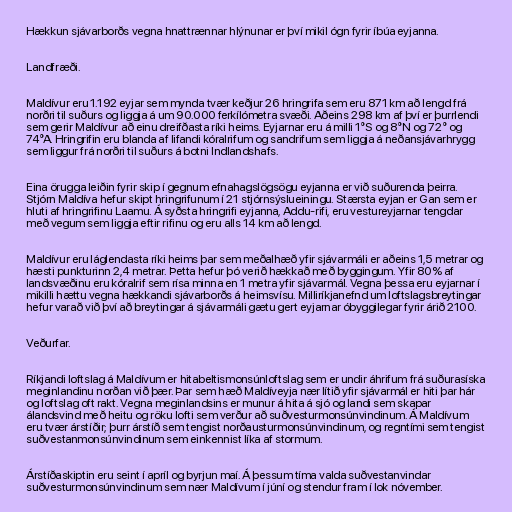
Hækkun sjávarborðs vegna hnattrænnar hlýnunar er því mikil ógn fyrir íbúa eyjanna.

Landfræði.

Maldívur eru 1.192 eyjar sem mynda tvær keðjur 26 hringrifa sem eru 871 km að lengd frá
norðri til suðurs og liggja á um 90.000 ferkílómetra svæði. Aðeins 298 km af því er þurrlendi
sem gerir Maldívur að einu dreifðasta ríki heims. Eyjarnar eru á milli 1°S og 8°N og 72° og
74°A. Hringrifin eru blanda af lifandi kóralrifum og sandrifum sem liggja á neðansjávarhrygg
sem liggur frá norðri til suðurs á botni Indlandshafs.

Eina örugga leiðin fyrir skip í gegnum efnahagslögsögu eyjanna er við suðurenda þeirra.
Stjórn Maldíva hefur skipt hringrifunum í 21 stjórnsýslueiningu. Stærsta eyjan er Gan sem er
hluti af hringrifinu Laamu. Á syðsta hringrifi eyjanna, Addu-rifi, eru vestureyjarnar tengdar
með vegum sem liggja eftir rifinu og eru alls 14 km að lengd.

Maldívur eru láglendasta ríki heims þar sem meðalhæð yfir sjávarmáli er aðeins 1,5 metrar og
hæsti punkturinn 2,4 metrar. Þetta hefur þó verið hækkað með byggingum. Yfir 80% af
landsvæðinu eru kóralrif sem rísa minna en 1 metra yfir sjávarmál. Vegna þessa eru eyjarnar í
mikilli hættu vegna hækkandi sjávarborðs á heimsvísu. Milliríkjanefnd um loftslagsbreytingar
hefur varað við því að breytingar á sjávarmáli gætu gert eyjarnar óbyggilegar fyrir árið 2100.

Veðurfar.

Ríkjandi loftslag á Maldívum er hitabeltismonsúnloftslag sem er undir áhrifum frá suðurasíska
meginlandinu norðan við þær. Þar sem hæð Maldíveyja nær lítið yfir sjávarmál er hiti þar hár
og loftslag oft rakt. Vegna meginlandsins er munur á hita á sjó og landi sem skapar
álandsvind með heitu og röku lofti sem verður að suðvesturmonsúnvindinum. Á Maldívum
eru tvær árstíðir; þurr árstíð sem tengist norðausturmonsúnvindinum, og regntími sem tengist
suðvestanmonsúnvindinum sem einkennist líka af stormum.

Árstíðaskiptin eru seint í apríl og byrjun maí. Á þessum tíma valda suðvestanvindar
suðvesturmonsúnvindinum sem nær Maldívum í júní og stendur fram í lok nóvember.